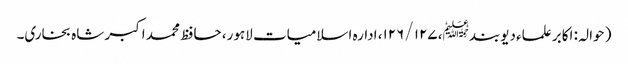
( حوالہ : اکابر علماء دیوبند﷭، ۱۲۷ /۱۲۶، ادارہ اسلامیات لاہور، حافظ محمد اکبر شاہ بخاری۔